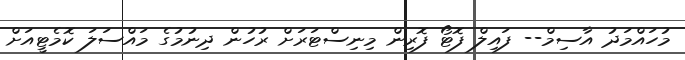
މުހައްމަދު އާސިމް-- ފައިލް ފޮޓޯ ފޮރިން މިނިސްޓަރަށް ރުހުން ދިނުމުގެ މައްސަލަ ކޮމެޓީއަށް